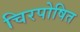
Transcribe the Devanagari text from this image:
चिरपोषित